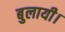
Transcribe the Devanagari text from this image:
बुलायी।